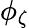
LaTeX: \phi_{\zeta}